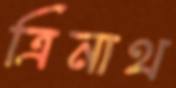
ত্রিনাথ